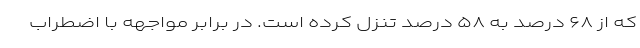
که از ۶۸ درصد به ۵۸ درصد تنزل کرده است. در برابر مواجهه با اضطراب